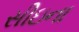
સીઇના